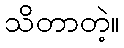
သိတာတဲ့။